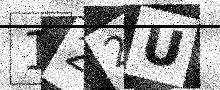
Text: 122U